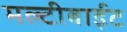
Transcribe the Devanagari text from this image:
मल्टीबाईट